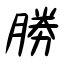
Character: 勝